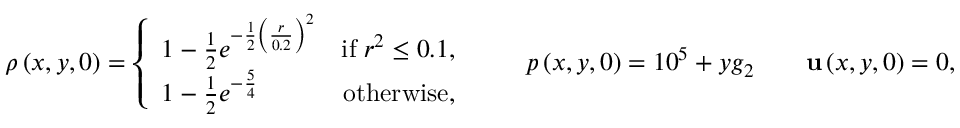
\rho \left( x , y , 0 \right) = \left\lbrace \begin{array} { l r } { 1 - \frac { 1 } { 2 } e ^ { - \frac { 1 } { 2 } \left( \frac { r } { 0 . 2 } \right) ^ { 2 } } } & { \mathrm { i f } \; r ^ { 2 } \le 0 . 1 , } \\ { 1 - \frac { 1 } { 2 } e ^ { - \frac { 5 } { 4 } } } & { \mathrm { o t h e r w i s e } , } \end{array} \right. \qquad p \left( x , y , 0 \right) = 1 0 ^ { 5 } + y g _ { 2 } \qquad \mathbf { u } \left( x , y , 0 \right) = 0 ,